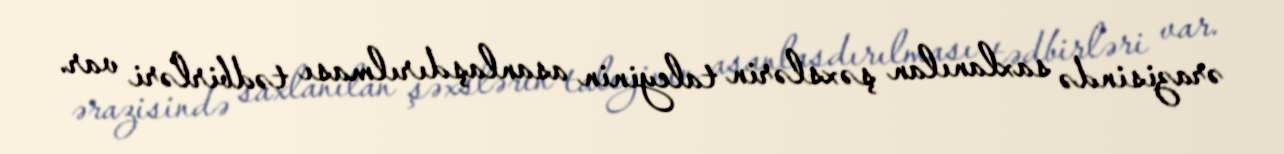
ərazisində saxlanılan şəxslərin taleyinin asanlaşdırılması tədbirləri var.